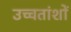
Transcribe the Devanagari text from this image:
उच्चतांशों